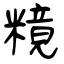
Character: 糡